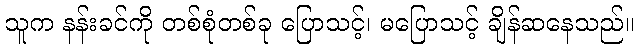
သူက နန်းခင်ကို တစ်စုံတစ်ခု ပြောသင့်၊ မပြောသင့် ချိန်ဆနေသည်။